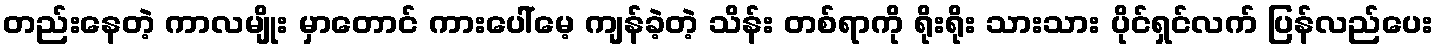
တည်းနေတဲ့ ကာလမျိုး မှာတောင် ကားပေါ်မေ့ ကျန်ခဲ့တဲ့ သိန်း တစ်ရာကို ရိုးရိုး သားသား ပိုင်ရှင်လက် ပြန်လည်ပေး